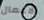
الاعمال